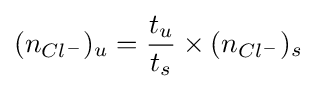
(n_{Cl^{-}})_{u}={t_{u} \over t_{s}}\times (n_{Cl^{-}})_{s}